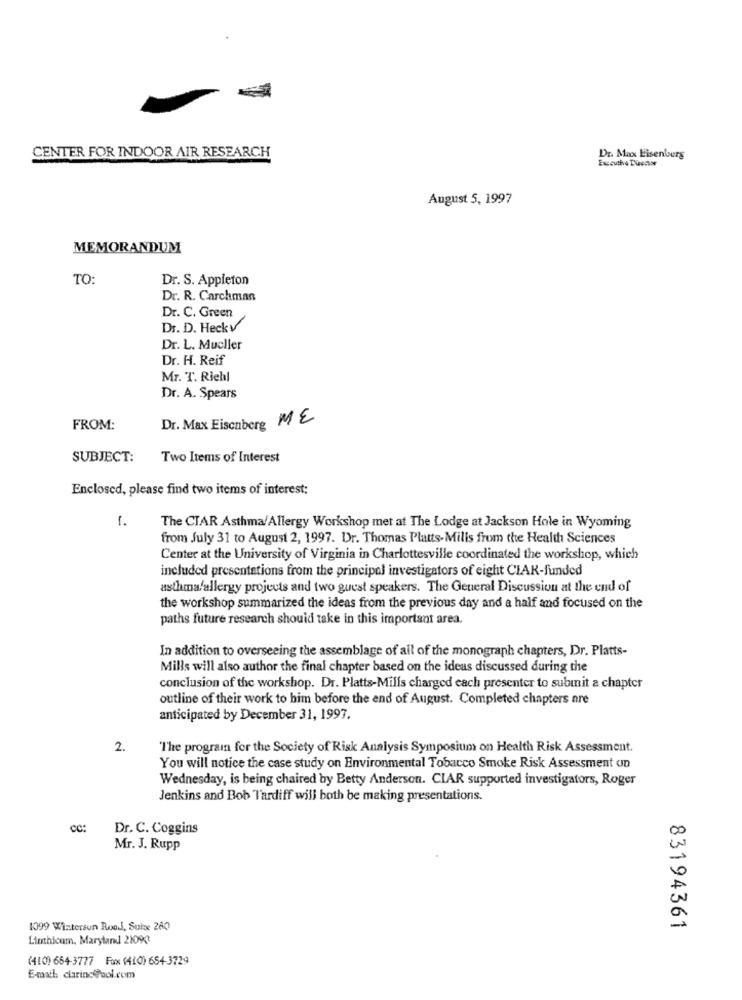
CENTER FOR INDOOR AIR RESEARCH
Dr. Max Eisenberg
August 5, 1997
MEMORANDUM
TO:
Dr. S. Appleton
Dr. R. Carchman
Dr. C. Green
Dr. D. Heckv
Dr. L. Mueller
Dr. H. Reif
Mr. T. Riehl
Dr. A. Spears
Dr. Max Eisenberg ME
FROM:
SUBJECT:
Two Items of Interest
Enclosed, please find two items of interest:
1.
The CIAR Asthma/Allergy Workshop met at The Lodge at Jackson Hole in Wyoming
from July 31 to August 2, 1997. Dr. Thomas Platts-Mills from the Health Sciences
Center at the University of Virginia in Charlottesville coordinated the workshop, which
included presentations from the principal investigators of eight CLAR-funded
asthma/allergy projects and two guest speakers. The General Discussion at the end of
the workshop summarized the ideas from the previous day and a half and focused on the
paths future research should take in this important area.
In addition to overseeing the assemblage of all of the monograph chapters, Dr. Platts-
Mills will also author the final chapter based on the ideas discussed during the
conclusion of the workshop. Dr. Platts-Mills charged each presenter to submit a chapter
outline of their work to him before the end of August. Completed chapters are
anticipated by December 31, 1997.
2.
"The program for the Society of Risk Analysis Symposium on Health Risk Assessment.
You will notice the case study on Environmental Tobacco Smoke Risk Assessment un
Wednesday, is being chaired by Betty Anderson. CIAR supported investigators, Roger
Jenkins and Bob Tardiff will both be making presentations.
cc:
Dr. C. Coggins
Mr. J. Rupp
1099 Wintersun Rood, Suize 280
83194361
Linthicum, Maryland 210933
(410) 654-3777 Fox (410) 654-3729
E-mail charinc @bol.com